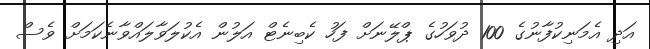
އަދި އެމަނިކުފާނުގެ 100 ދުވަހުގެ ޕްލޭނަށް ފަހު ކެބިނެޓް އަލުން އެކުލަވާލައްވާނެކަމަށް ވެސް